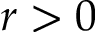
r > 0